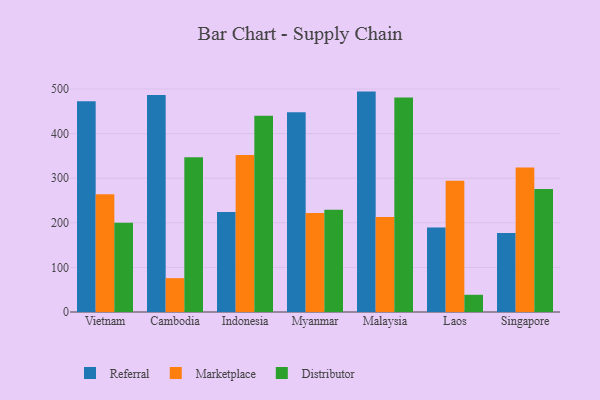
{"axis": {"x": "Country", "y": "Backlog"}, "legend": ["Distributor", "Marketplace", "Referral"], "data": [{"x": "Vietnam", "y": 472.7, "type": "Referral"}, {"x": "Vietnam", "y": 264.0, "type": "Marketplace"}, {"x": "Vietnam", "y": 200.0, "type": "Distributor"}, {"x": "Cambodia", "y": 486.8, "type": "Referral"}, {"x": "Cambodia", "y": 75.9, "type": "Marketplace"}, {"x": "Cambodia", "y": 347.1, "type": "Distributor"}, {"x": "Indonesia", "y": 224.3, "type": "Referral"}, {"x": "Indonesia", "y": 352.2, "type": "Marketplace"}, {"x": "Indonesia", "y": 440.3, "type": "Distributor"}, {"x": "Myanmar", "y": 447.7, "type": "Referral"}, {"x": "Myanmar", "y": 222.1, "type": "Marketplace"}, {"x": "Myanmar", "y": 229.1, "type": "Distributor"}, {"x": "Malaysia", "y": 494.2, "type": "Referral"}, {"x": "Malaysia", "y": 212.9, "type": "Marketplace"}, {"x": "Malaysia", "y": 480.7, "type": "Distributor"}, {"x": "Laos", "y": 189.3, "type": "Referral"}, {"x": "Laos", "y": 294.3, "type": "Marketplace"}, {"x": "Laos", "y": 38.6, "type": "Distributor"}, {"x": "Singapore", "y": 177.0, "type": "Referral"}, {"x": "Singapore", "y": 324.2, "type": "Marketplace"}, {"x": "Singapore", "y": 276.0, "type": "Distributor"}]}